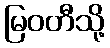
မြဝတီသို့